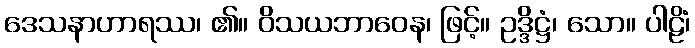
ဒေသနာဟာရဿ၊ ၏။ ဝိသယဘာဝေန၊ ဖြင့်။ ဥဒ္ဒိဋ္ဌံ၊ သော။ ပါဠိံ၊